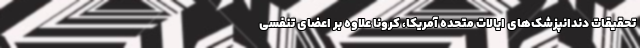
تحقیقات دندانپزشک‌های ایالات متحده آمریکا، کرونا علاوه بر اعضای تنفسی